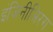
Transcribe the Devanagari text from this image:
इंजिनीअिरग